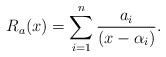
LaTeX: \begin{align*}R_a(x)=\sum_{i=1}^n\frac{a_i}{(x-\alpha_i)}.\end{align*}